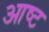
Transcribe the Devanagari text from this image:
आष्ट